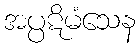
အပ္ပဋိမံသေန